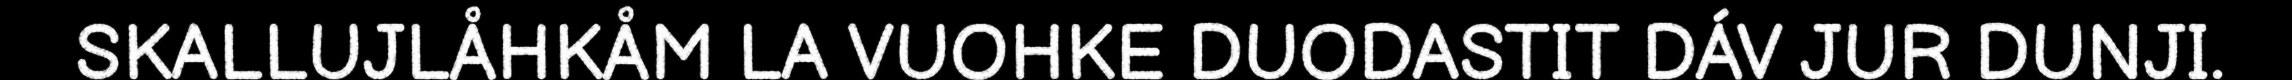
SKALLUJLÅHKÅM LA VUOHKE DUODASTIT DÁV JUR DUNJI.